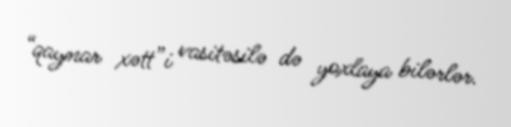
“qaynar xətt”i vasitəsilə də yoxlaya bilərlər.